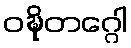
ဝဍ္ဎိတဂ္ဂေါ